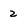
Character: 2